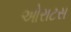
ઓરાટસ